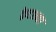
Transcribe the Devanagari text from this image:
क्रेटश्मर